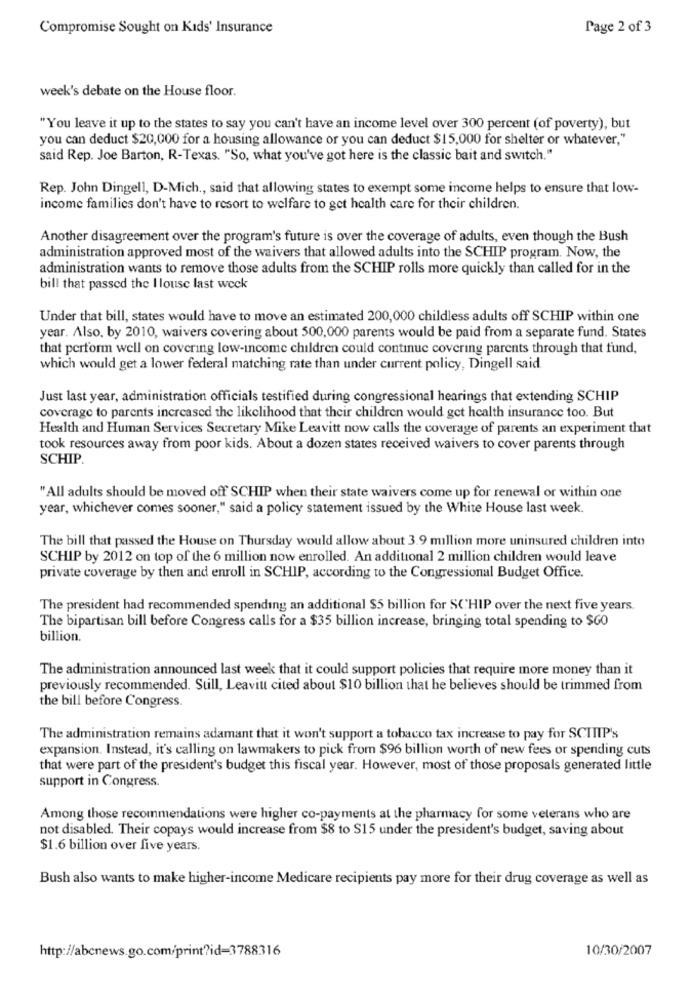
Compromise Sought on Kids' Insurance
Page 2 of 3
week's debate on the House floor.
"You leave it up to the states to say you can't have an income level over 300 percent (of poverty), but
you can deduct $20,000 for a housing allowance or you can deduct $15,000 for shelter or whatever,"
said Rep. Joe Barton, R-Texas. "So, what you've got here is the classic bait and switch."
Rep. John Dingell, D-Mich ., said that allowing states to exempt some income helps to ensure that low-
income families don't have to resort to welfare to get health care for their children.
Another disagreement over the program's future is over the coverage of adults, even though the Bush
administration approved most of the waivers that allowed adults into the SCHIP program. Now, the
administration wants to remove those adults from the SCHIP rolls more quickly than called for in the
bill that passed the I louse last week
Under that bill, states would have to move an estimated 200,000 childless adults off SCHIP within one
year. Also, by 2010, waivers covering about 500,000 parents would be paid from a separate fund. States
that perform well on covering low-income children could continue covering parents through that fund,
which would get a lower federal matching rate than under current policy, Dingell said
Just last year, administration officials testified during congressional hearings that extending SCHIP
coverage to parents increased the likelihood that their children would get health insurance too. But
Health and Human Services Secretary Mike Leavitt now calls the coverage of parents an experiment that
took resources away from poor kids. About a dozen states received waivers to cover parents through
SCHIP.
"All adults should be moved off SCHIP when their state waivers come up for renewal or within one
year, whichever comes sooner," said a policy statement issued by the White House last week.
The bill that passed the House on Thursday would allow about 3.9 million more uninsured children into
SCHIP by 2012 on top of the 6 million now enrolled. An additional 2 million children would leave
private coverage by then and enroll in SCHIP, according to the Congressional Budget Office.
The president had recommended spending an additional $5 billion for SCHIP over the next five years
The bipartisan bill before Congress calls for a $35 billion increase, bringing total spending to $60
billion.
The administration announced last week that it could support policies that require more money than it
previously recommended. Still, Leaviu cited about $10 billion that he believes should be trimmed from
the bill before Congress.
The administration remains adamant that it won't support a tobacco tax increase to pay for SCHIIP's
expansion. Instead, it's calling on lawmakers to pick from $96 billion worth of new fees or spending cuts
that were part of the president's budget this fiscal year. However, most of those proposals generated little
support in Congress.
Among those recommendations were higher co-payments at the pharmacy for some veterans who are
not disabled. Their copays would increase from $8 to $15 under the president's budget, saving about
$1.6 billion over five years.
Bush also wants to make higher-income Medicare recipients pay more for their drug coverage as well as
http://abcnews.go.com/print?id=3788316
10/30/2007